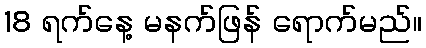
18 ရက်နေ့ မနက်ဖြန် ရောက်မည်။